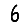
Digit: 6